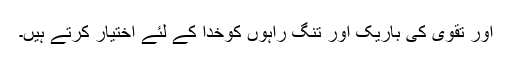
اور تقویٰ کی باریک اور تنگ راہوں کوخدا کے لئے اختیار کرتے ہیں۔